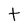
Character: t